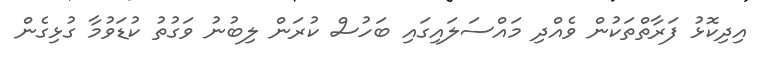
އިދިކޮޅު ފަރާތްތަކުން ވެއްދި މައްސަލައިގައި ބަހުސް ކުރަން ލިބުނު ވަގުތު ކުޑަވުމާ ގުޅިގެން